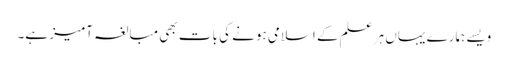
ویسے ہمارے یہاں ہر علم کے اسلامی ہونے کی بات بھی مبالغہ آمیز ہے۔